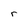
Character: r